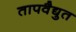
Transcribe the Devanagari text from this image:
तापवैद्युत